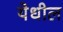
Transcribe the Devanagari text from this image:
येधील